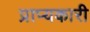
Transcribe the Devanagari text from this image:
प्राप्यकारी